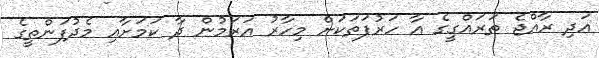
އަދި ރާއްޖެ ތަރައްގީގެ އާ ހަރުފަތަކަށް މިހާރު އަރަމުން ދާ ކަމަށާއި މެދުފަންތީގެ